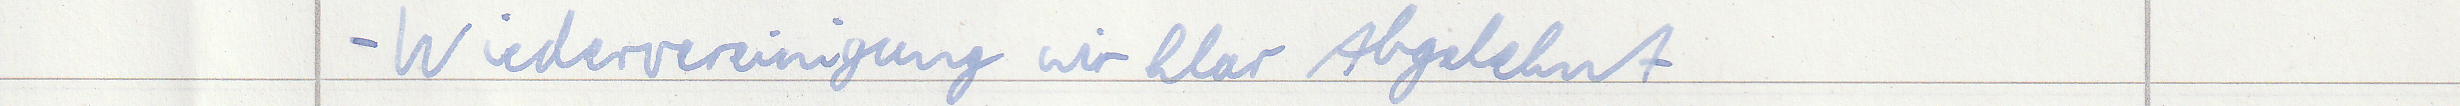
- Wiedervereinigung wir klar Abgelehnt